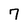
Character: 7